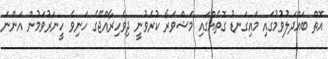
އޮތް ބައްދަލުވުމުގައި މައިގަނޑު ގޮތެއްގައި މަޝްވަރާ ކުރެވުނީ ދިވެހިރާއްޖޭގެ ހަނިވެ ހީނަރުވަމުން އަންނަ